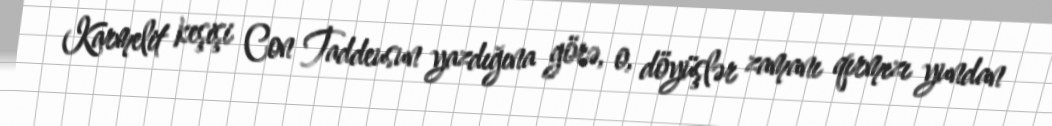
Karmelit keşişi Con Taddeusun yazdığına görə, o, döyüşlər zamanı qırmızı yundan